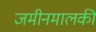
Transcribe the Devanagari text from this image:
जमीनमालकी